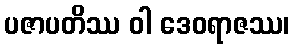
ပဇာပတိဿ ဝါ ဒေဝရာဇဿ၊